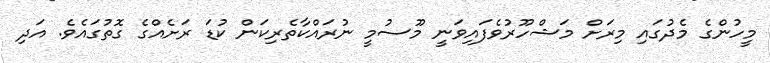
މީހުންގެ މެދުގައި މިރަށް މަޝްހޫރުވެފައިވަނީ މޫސުމީ ނުރައްކާތެރިކަން ކުޑަ ރަށެއްގެ ގޮތުގައެވެ. އަދި